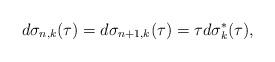
LaTeX: \begin{align*}d\sigma_{n,k}(\tau)=d\sigma_{n+1,k}(\tau)=\tau d\sigma_{k}^{*}(\tau),\end{align*}